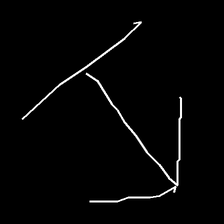
Glyph: levitation